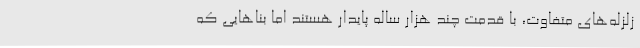
زلزله‌های متفاوت، با قدمت چند هزار ساله پایدار هستند اما بناهایی که